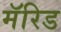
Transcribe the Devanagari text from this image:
मॅरिड